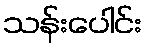
သန်းပေါင်း